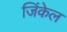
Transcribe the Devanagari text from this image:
जिंकेल